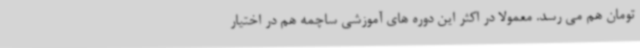
تومان هم می رسد. معمولا در اکثر این دوره های آموزشی ساچمه هم در اختیار